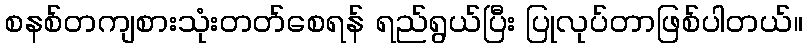
စနစ်တကျစားသုံးတတ်စေရန် ရည်ရွယ်ပြီး ပြုလုပ်တာဖြစ်ပါတယ်။